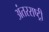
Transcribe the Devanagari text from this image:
अंतरराष्ट्री